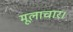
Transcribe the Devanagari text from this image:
मूलाचार।